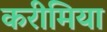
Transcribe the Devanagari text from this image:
करीमिया